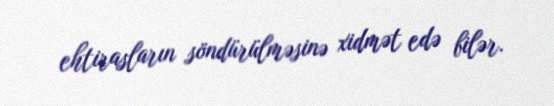
ehtirasların söndürülməsinə xidmət edə bilər.